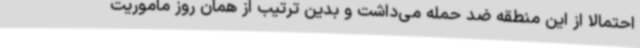
احتمالا از این منطقه ضد حمله می‌داشت و بدین ترتیب از همان روز ماموریت